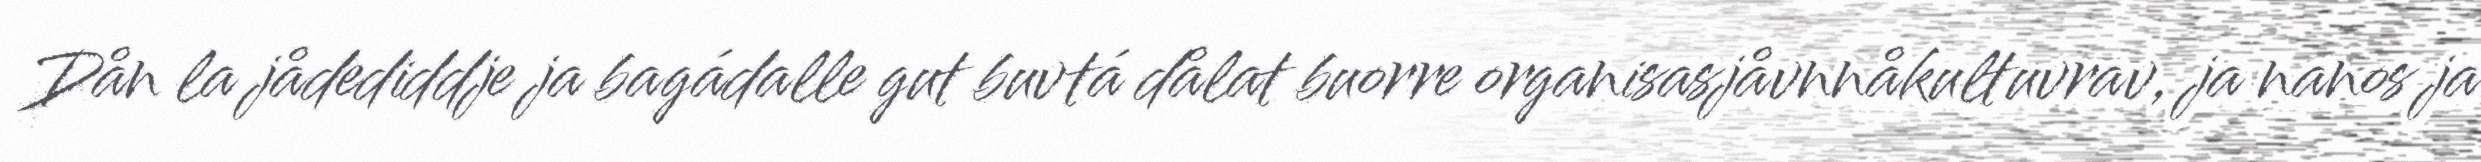
Dån la jådediddje ja bagádalle gut buvtá dålat buorre organisasjåvnnåkultuvrav, ja nanos ja